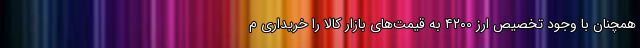
همچنان با وجود تخصیص ارز ۴٢٠٠ به قیمت‌های بازار کالا را خریداری م